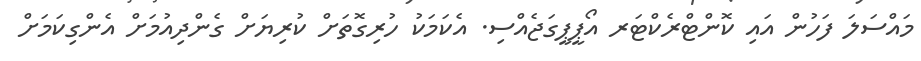
މައްސަލަ ފަހުން އައި ކޮންޓްރެކްޓަރ އޯޕީޕީގަޖެއްސި. އެކަމަކު ހުރިގޮތަށް ކުރިޔަށް ގެންދިއުމަށް އެންގިކަމަށް